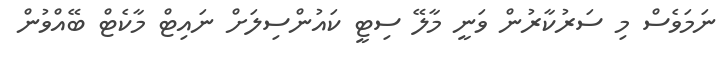
ނަމަވެސް މި ސަރުކާރުން ވަނީ މާލޭ ސިޓީ ކައުންސިލަށް ނައިޓް މާކެޓް ބޭއްވުން